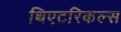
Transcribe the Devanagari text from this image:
थिएटरिकल्स